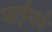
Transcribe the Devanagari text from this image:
पाईपचे